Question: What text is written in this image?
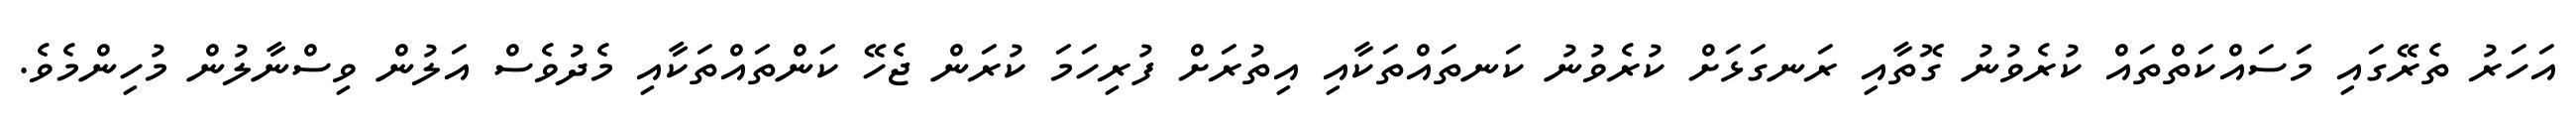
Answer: އަހަރު ތެރޭގައި މަސައްކަތްތައް ކުރެވުނު ގޮތާއި ރަނގަޅަށް ކުރެވުނު ކަނތައްތަކާއި އިތުރަށް ފުރިހަމަ ކުރަން ޖެހޭ ކަންތައްތަކާއި މެދުވެސް އަލުން ވިސްނާލުން މުހިންމެވެ.